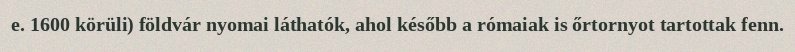
e. 1600 körüli) földvár nyomai láthatók, ahol később a rómaiak is őrtornyot tartottak fenn.